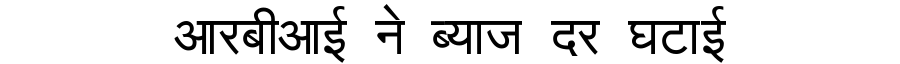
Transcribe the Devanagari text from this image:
आरबीआई ने ब्याज दर घटाई